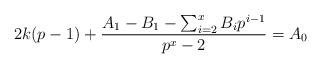
LaTeX: \begin{align*}2k(p-1) +\frac{A_1-B_1 - \sum_{i=2}^x B_i p^{i-1}}{p^x-2} = A_0\end{align*}